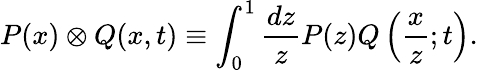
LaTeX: P(x)\otimes Q(x,t)\equiv\int_{0}^{1}{\frac{dz}{z}}P(z)Q\left({\frac{x}{z}};t\right).